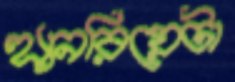
হ্যানরিয়েটা